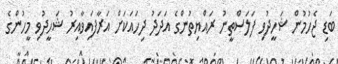
ބަޑި ޖެހުމުން ޝަހީދުވި ފަލަސްތީނު ރައްޔިތުންގެ އަދަދު ދިހައަކަށް އަރާފައިވާއިރު ޝަހީދުވި މީހުންގެ